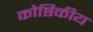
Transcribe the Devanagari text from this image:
कोष्ठिकीय